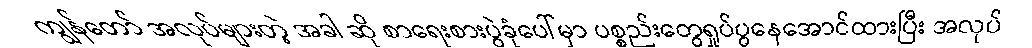
ကျွန်တော် အလုပ်များတဲ့ အခါ ဆို စာရေးစားပွဲခုံပေါ်မှာ ပစ္စည်းတွေရှုပ်ပွနေအောင်ထားပြီး အလုပ်